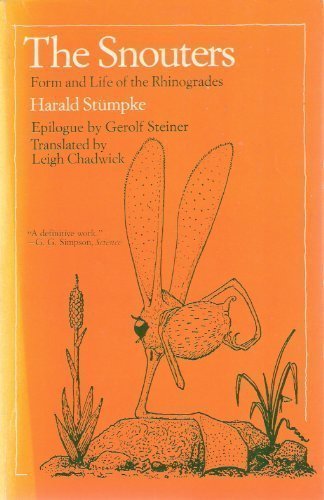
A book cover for The Snouters: Form and Life of the Rhinogrades (A Phoenix book); Harald Stumpke; Sports & Outdoors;